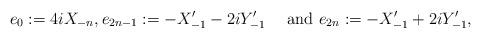
LaTeX: \begin{align*}e_0:=4iX_{-n},e_{2n-1}:=-X^\prime_{-1}-2iY^\prime_{-1}\quad\mbox{ and }e_{2n}:=-X^\prime_{-1}+2iY^\prime_{-1},\end{align*}